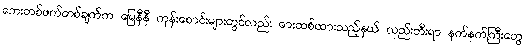
ဘေးတစ်ဖက်တစ်ချက်က မြေနီနီ ကုန်းစောင်းများတွင်လည်း ဓားထစ်ထားသည့်နှယ် လှည်းဘီးရာ နက်နက်ကြီးတွေ